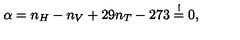
\alpha = n _ { H } - n _ { V } + 2 9 n _ { T } - 2 7 3 \stackrel { ! } { = } 0 ,